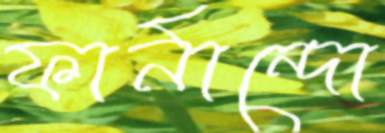
ফার্নান্দো